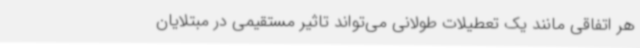
هر اتفاقی مانند یک تعطیلات طولانی می‌تواند تاثیر مستقیمی در مبتلایان